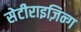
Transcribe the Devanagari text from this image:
सेटीराइज़िन्ग